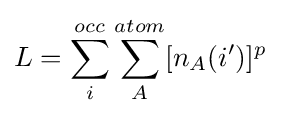
L=\sum _{i}^{occ}\sum _{A}^{atom}[n_{A}(i')]^{p}